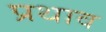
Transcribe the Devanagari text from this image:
प्रथाव